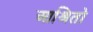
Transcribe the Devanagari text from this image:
आश्रितो